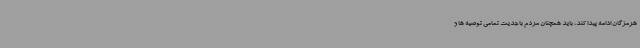
هرمزگان ادامه پیدا کند، باید همچنان مردم با جدیت تمامی توصیه ها و